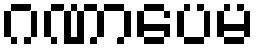
ဂဏာပေမ